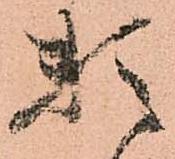
頼